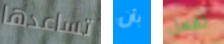
تساعدها بأن تفعل